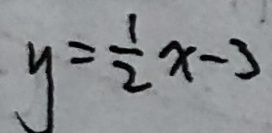
y = \frac { 1 } { 2 } x - 3